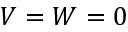
V = W = 0